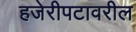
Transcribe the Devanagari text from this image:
हजेरीपटावरील